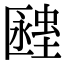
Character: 𧏔